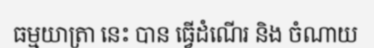
ធម្មយាត្រា នេះ បាន ធ្វើដំណើរ និង ចំណាយ